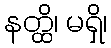
နတ္ထိ၊ မရှိ၊